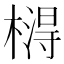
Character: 𣙵